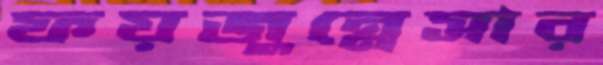
ফয়জুন্নেসার